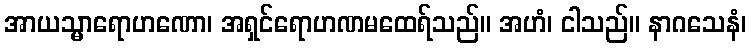
အာယသ္မာရောဟဏော၊ အရှင်ရောဟဏမထေရ်သည်။ အဟံ၊ ငါသည်။ နာဂသေနံ၊